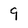
Character: 9